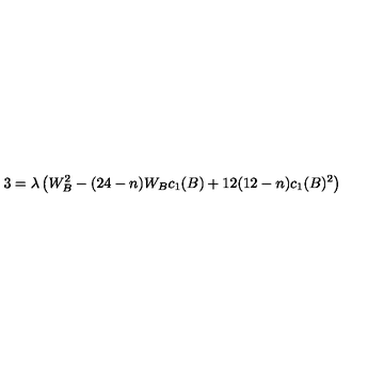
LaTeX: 3 = \lambda \left( W _ { B } ^ { 2 } - ( 2 4 - n ) W _ { B } c _ { 1 } ( B ) + 1 2 ( 1 2 - n ) c _ { 1 } ( B ) ^ { 2 } \right)